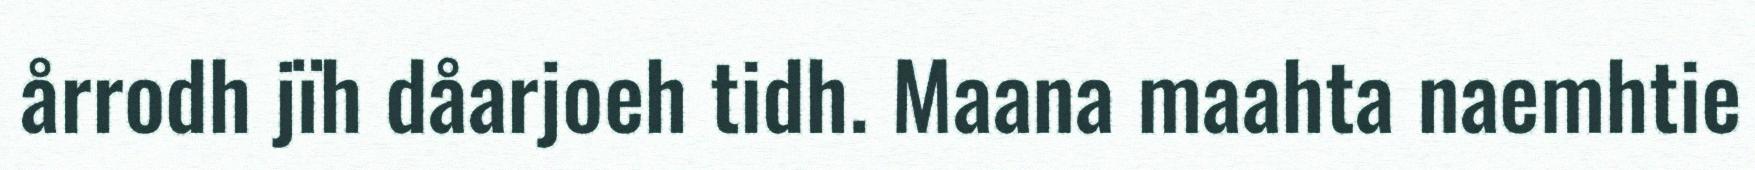
årrodh jïh dåarjoeh tidh. Maana maahta naemhtie